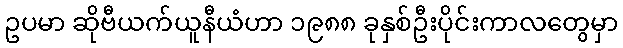
ဥပမာ ဆိုဗီယက်ယူနီယံဟာ ၁၉၈၈ ခုနှစ်ဦးပိုင်းကာလတွေမှာ